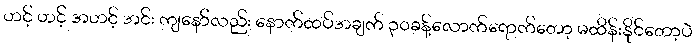
ဟင့် ဟင့် အဟင့် အင်း ကျနော်လည်း နောက်ထပ်အချက် ၃၀ခန့်လောက်ရောက်တော့ မထိန်းနိုင်တော့ပဲ